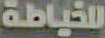
للخياطة